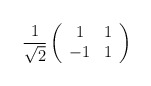
\begin{align*}\frac{1}{\sqrt{2}} \left( \begin{array}{cc}1&1 \\-1&1 \end{array} \right)\end{align*}